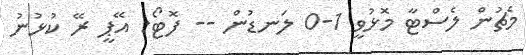
މެޗުން ލެސްޓާ މޮޅުވީ 1-0 ލަނޑުން -- ފޮޓޯ: އޭޕީ ރޭ ކުޅުނު